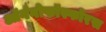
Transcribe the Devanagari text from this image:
ऑर्गनोफॉस्फोरस